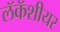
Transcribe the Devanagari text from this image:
लॅकॅशीयर